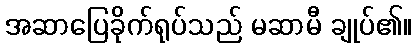
အဆာပြေခိုက်ရုပ်သည် မဆာမီ ချုပ်၏။